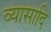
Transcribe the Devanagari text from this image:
व्यासादि